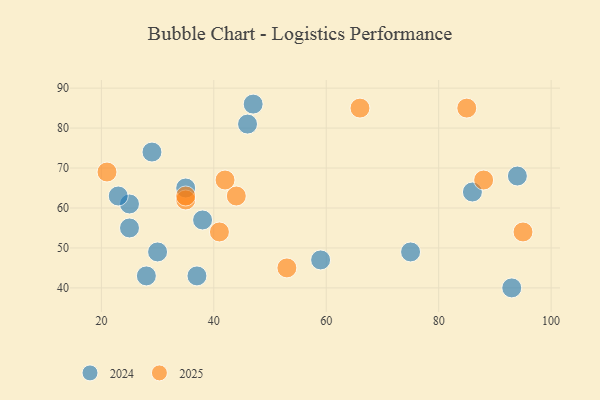
{"axis": {"x": "GDP", "y": "Life Expectancy"}, "legend": ["2024", "2025"], "data": [{"x": "46", "y": 81, "type": "2024"}, {"x": "29", "y": 74, "type": "2024"}, {"x": "94", "y": 68, "type": "2024"}, {"x": "86", "y": 64, "type": "2024"}, {"x": "75", "y": 49, "type": "2024"}, {"x": "35", "y": 65, "type": "2024"}, {"x": "59", "y": 47, "type": "2024"}, {"x": "25", "y": 55, "type": "2024"}, {"x": "30", "y": 49, "type": "2024"}, {"x": "28", "y": 43, "type": "2024"}, {"x": "47", "y": 86, "type": "2024"}, {"x": "93", "y": 40, "type": "2024"}, {"x": "37", "y": 43, "type": "2024"}, {"x": "25", "y": 61, "type": "2024"}, {"x": "38", "y": 57, "type": "2024"}, {"x": "23", "y": 63, "type": "2024"}, {"x": "88", "y": 67, "type": "2025"}, {"x": "44", "y": 63, "type": "2025"}, {"x": "95", "y": 54, "type": "2025"}, {"x": "42", "y": 67, "type": "2025"}, {"x": "85", "y": 85, "type": "2025"}, {"x": "41", "y": 54, "type": "2025"}, {"x": "35", "y": 62, "type": "2025"}, {"x": "66", "y": 85, "type": "2025"}, {"x": "21", "y": 69, "type": "2025"}, {"x": "35", "y": 63, "type": "2025"}, {"x": "53", "y": 45, "type": "2025"}]}